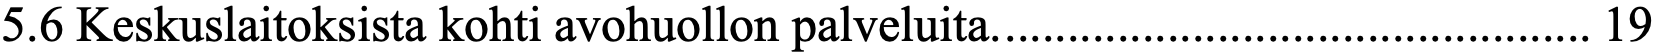
5.6 Keskuslaitoksista kohti avohuollon palveluita. ............................................... 19